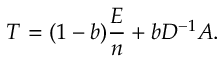
T = ( 1 - b ) \frac { E } { n } + b D ^ { - 1 } A .